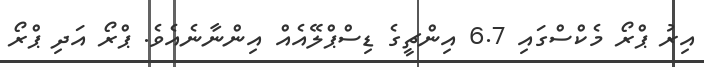
އިރު ޕްރޯ މެކްސްގައި 6.7 އިންޗީގެ ޑިސްޕްލޭއެއް އިންނާނެއެވެ. ޕްރޯ އަދި ޕްރޯ